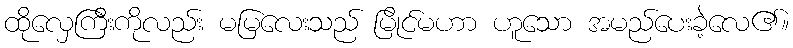
ထိုလှေကြီးကိုလည်း မမြလေးသည် မြိုင်မဟာ ဟူသော အမည်ပေးခဲ့လေ၏။